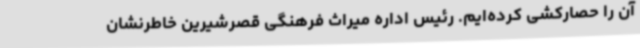
آن را حصارکشی کرده‌ایم. رئیس اداره میراث فرهنگی قصرشیرین خاطرنشان